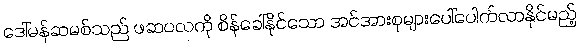
ဒေါ်မန်ဆမစ်သည် ဖဆပလကို စိန်ခေါ်နိုင်သော အင်အားစုများပေါ်ပေါက်လာနိုင်မည့်